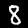
Label: 8